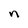
Character: n